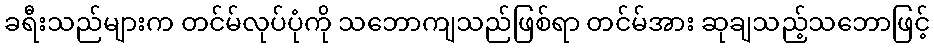
ခရီးသည်များက တင်မ်လုပ်ပုံကို သဘောကျသည်ဖြစ်ရာ တင်မ်အား ဆုချသည့်သဘောဖြင့်